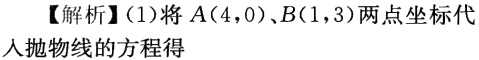
【解析】(1)将\(A(4,0)\)、\(B(1,3)\)两点坐标代入抛物线的方程得